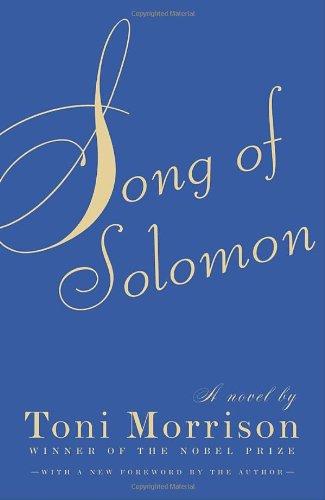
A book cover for Song of Solomon; Toni Morrison; Literature & Fiction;